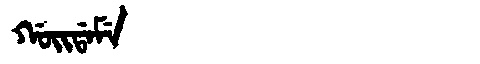
Manchu: ᡤᠣᡳᡩᠠᠮᡝ
Romanization: GOIDAME